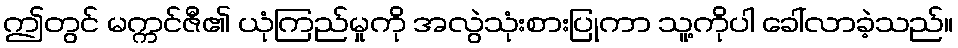
ဤတွင် မက္ကင်ဇီ၏ ယုံကြည်မှုကို အလွဲသုံးစားပြုကာ သူ့ကိုပါ ခေါ်လာခဲ့သည်။